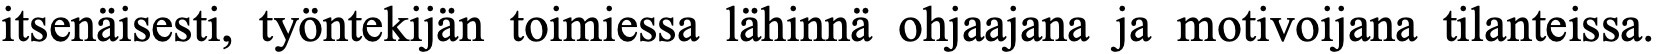
itsenäisesti, työntekijän toimiessa lähinnä ohjaajana ja motivoijana tilanteissa.